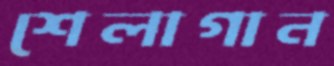
শেলাগান